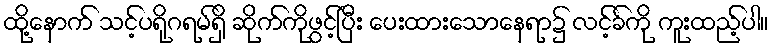
ထို့နောက် သင့်ပရိုဂရမ်ရှိ ဆိုက်ကိုဖွင့်ပြီး ပေးထားသောနေရာ၌ လင့်ခ်ကို ကူးထည့်ပါ။